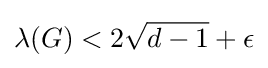
\lambda (G)<2{\sqrt {d-1}}+\epsilon